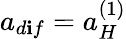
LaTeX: a_{d\mathbf{i}f}=a_{H}^{(1)}